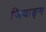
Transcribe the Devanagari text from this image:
जियाङ्ग